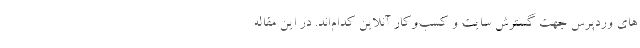
های وردپرس جهت گسترش سایت و کسب‌و‌کار آنلاین کدام‌اند. در این مقاله